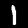
Digit: 1